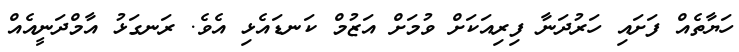
ހަޔާތެއް ފަށައި ހަރުދަނާ ފިރިއަކަށް ވުމަށް އަޒުމް ކަނޑައެޅި އެވެ. ރަނގަޅު އާމްދަނީއެއް